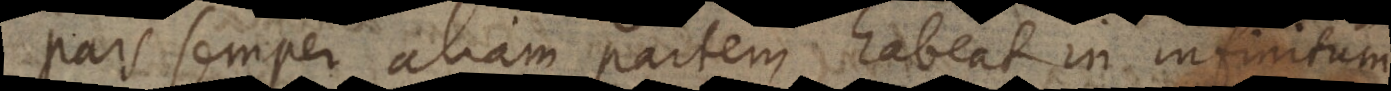
pars semper aliam partem habeat in infinitum